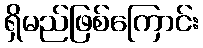
ရှိမည်ဖြစ်ကြောင်း